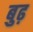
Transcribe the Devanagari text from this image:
बुढ़